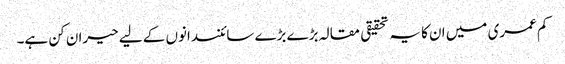
کم عمری میں ان کا یہ تحقیقی مقالہ بڑے بڑے سائنسدانوں کے لیے حیران کن ہے۔